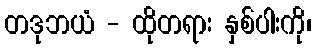
တဒုဘယံ - ထိုတရား နှစ်ပါးကို၊